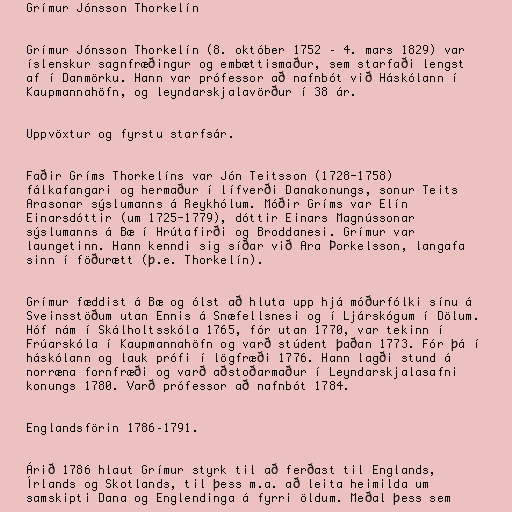
Grímur Jónsson Thorkelín

Grímur Jónsson Thorkelín (8. október 1752 – 4. mars 1829) var
íslenskur sagnfræðingur og embættismaður, sem starfaði lengst
af í Danmörku. Hann var prófessor að nafnbót við Háskólann í
Kaupmannahöfn, og leyndarskjalavörður í 38 ár.

Uppvöxtur og fyrstu starfsár.

Faðir Gríms Thorkelíns var Jón Teitsson (1728-1758)
fálkafangari og hermaður í lífverði Danakonungs, sonur Teits
Arasonar sýslumanns á Reykhólum. Móðir Gríms var Elín
Einarsdóttir (um 1725-1779), dóttir Einars Magnússonar
sýslumanns á Bæ í Hrútafirði og Broddanesi. Grímur var
laungetinn. Hann kenndi sig síðar við Ara Þorkelsson, langafa
sinn í föðurætt (þ.e. Thorkelín).

Grímur fæddist á Bæ og ólst að hluta upp hjá móðurfólki sínu á
Sveinsstöðum utan Ennis á Snæfellsnesi og í Ljárskógum í Dölum.
Hóf nám í Skálholtsskóla 1765, fór utan 1770, var tekinn í
Frúarskóla í Kaupmannahöfn og varð stúdent þaðan 1773. Fór þá í
háskólann og lauk prófi í lögfræði 1776. Hann lagði stund á
norræna fornfræði og varð aðstoðarmaður í Leyndarskjalasafni
konungs 1780. Varð prófessor að nafnbót 1784.

Englandsförin 1786–1791.

Árið 1786 hlaut Grímur styrk til að ferðast til Englands,
Írlands og Skotlands, til þess m.a. að leita heimilda um
samskipti Dana og Englendinga á fyrri öldum. Meðal þess sem